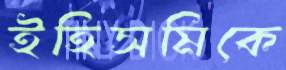
ইহিসমিকে